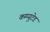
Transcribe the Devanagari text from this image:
कम्प्युटेड